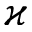
\varkappa